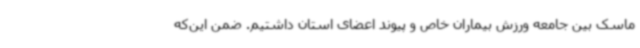
ماسک بین جامعه ورزش بیماران خاص و پیوند اعضای استان داشتیم. ضمن این‌که